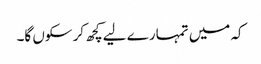
کہ میں تمہارے لیے کچھ کر سکوں گا۔